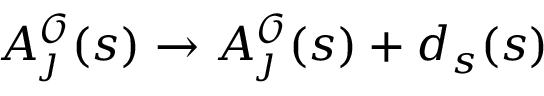
A _ { \j } ^ { \mathscr { O } } ( s ) \rightarrow A _ { \j } ^ { \mathscr { O } } ( s ) + d _ { s } \l ( s )